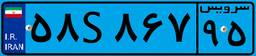
۸۲S۲۳۶۲۴